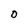
Character: o